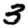
Digit: 3